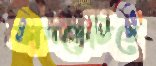
ফানডেটিতে